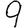
Digit: 9